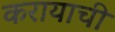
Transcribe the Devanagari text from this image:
करायाची